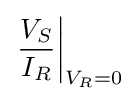
\left.{\frac {V_{S}}{I_{R}}}\right|_{V_{R}=0}